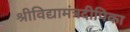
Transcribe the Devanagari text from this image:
श्रीविद्यामंत्रदीपिका